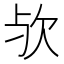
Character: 欤